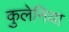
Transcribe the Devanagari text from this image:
कुलेनिया